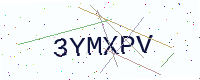
Text: 3YMXPV